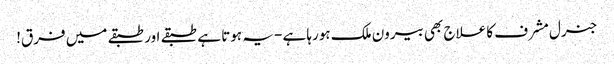
جنرل مشرف کا علاج بھی بیرون ملک ہورہا ہے -یہ ہوتا ہے طبقے اور طبقے میں فرق!